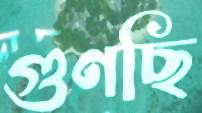
গুণছি